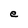
Character: e